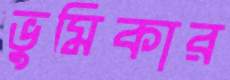
ভুমিকার